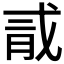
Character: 𪱞